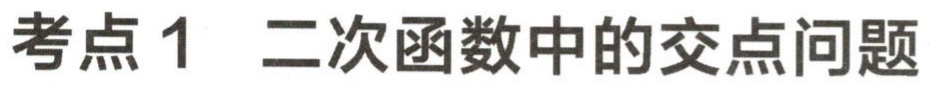
考点 1 二次函数中的交点问题